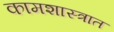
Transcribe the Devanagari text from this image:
कामशास्त्रात